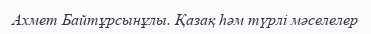
Ахмет Байтұрсынұлы. Қазақ һәм түрлі мәселелер